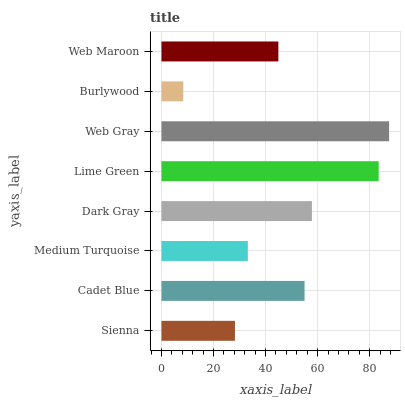
| yaxis_label | bars |
 | --- | --- |
 | Sienna | 28.2 |
 | Cadet Blue | 55 |
 | Medium Turquoise | 33.2 |
 | Dark Gray | 57.8 |
 | Lime Green | 83.5 |
 | Web Gray | 87.5 |
 | Burlywood | 8.37 |
 | Web Maroon | 44.9 |